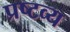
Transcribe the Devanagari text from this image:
प्रष्टव्य